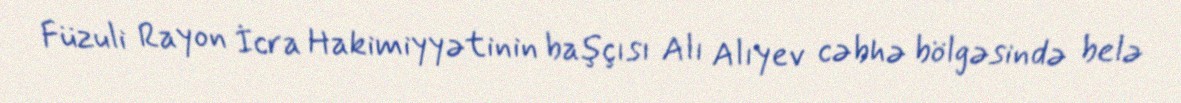
Füzuli Rayon İcra Hakimiyyətinin başçısı Alı Alıyev cəbhə bölgəsində belə